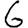
Digit: 6